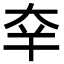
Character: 㚔